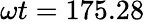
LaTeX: \omega t=175.28